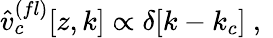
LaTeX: \hat{v}_{c}^{(fl)}[z,k]\propto\delta[k-k_{c}]\ ,\